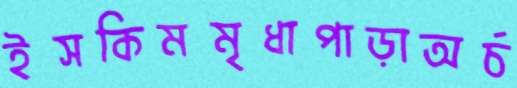
ইসকিমমৃধাপাড়াঅর্চ